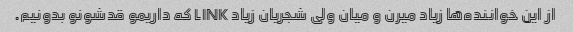
از این خواننده‌ها زیاد میرن و میان ولی شجریان زیاد LINK که داریمو قدشونو بدونیم.